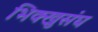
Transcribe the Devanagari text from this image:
भिक्खुसंघ